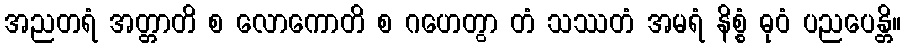
အညတရံ အတ္တာတိ စ လောကောတိ စ ဂဟေတွာ တံ သဿတံ အမရံ နိစ္စံ ဓုဝံ ပညပေန္တိ။